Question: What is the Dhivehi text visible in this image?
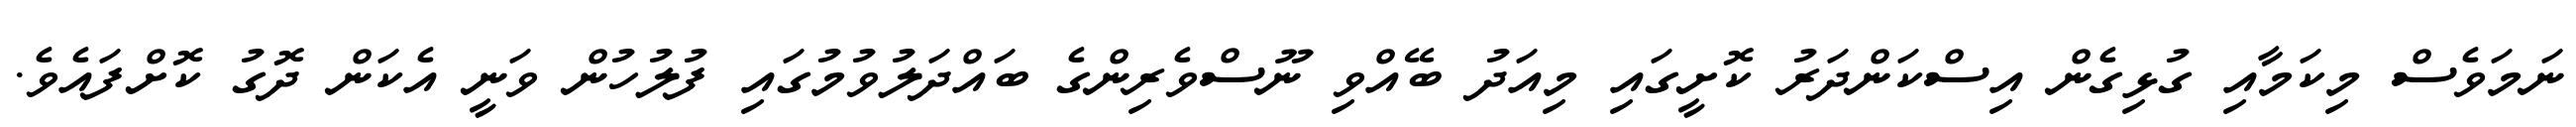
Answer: ނަމަވެސް މިކަމާއި ގުޅިގެން އިސްކަންދަރު ކޮށީގައި މިއަދު ބޭއްވި ނޫސްވެރިންގެ ބައްދަލުވުމުގައި ފުލުހުން ވަނީ އެކަން ދޮގު ކޮށްފައެވެ.